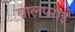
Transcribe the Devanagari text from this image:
वालपराई